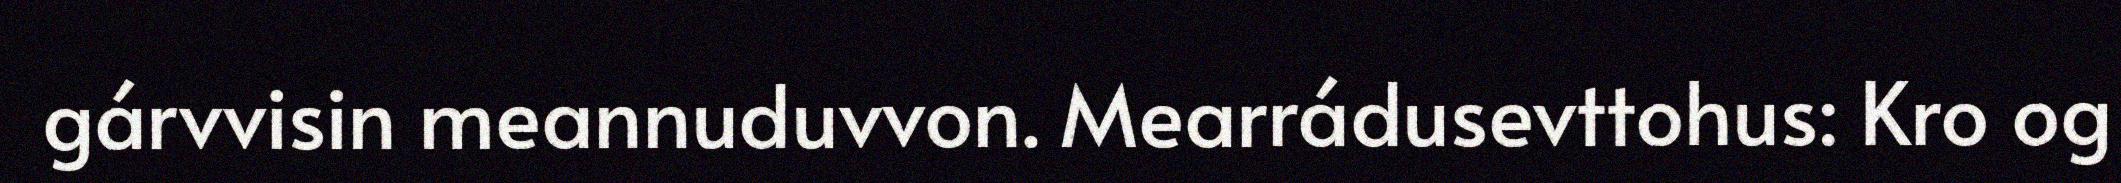
gárvvisin meannuduvvon. Mearrádusevttohus: Kro og